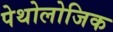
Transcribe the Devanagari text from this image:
पेथोलोजिक